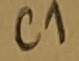
Text: C1